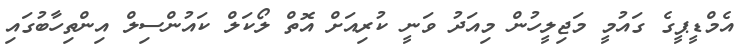
އެމްޑީޕީގެ ގައުމީ މަޖިލީހުން މިއަދު ވަނީ ކުރިއަށް އޮތް ލޯކަލް ކައުންސިލް އިންތިހާބުގައި